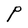
Character: P